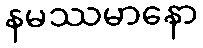
နမဿမာနော